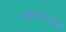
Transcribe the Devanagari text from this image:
स्वराज्यातही